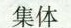
集体